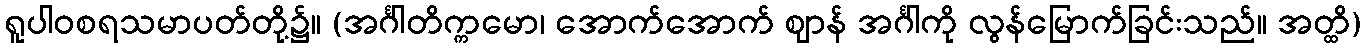
ရူပါဝစရသမာပတ်တို့၌။ (အင်္ဂါတိက္ကမော၊ အောက်အောက် ဈာန် အင်္ဂါကို လွန်မြောက်ခြင်းသည်။ အတ္ထိ)